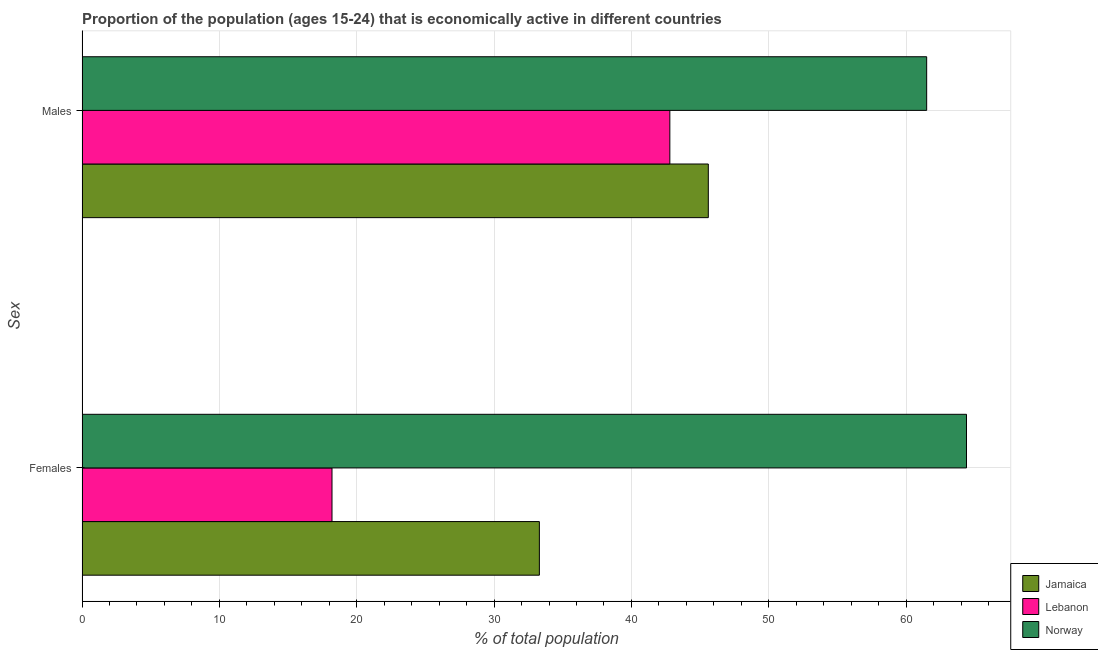
| Sex | Jamaica | Lebanon | Norway |
 | --- | --- | --- | --- |
 | Females | 33.3 | 18.2 | 64.4 |
 | Males | 45.6 | 42.8 | 61.5 |